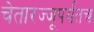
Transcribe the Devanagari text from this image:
चेतारज्जूपर्यंतच